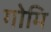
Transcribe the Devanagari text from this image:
गोमि